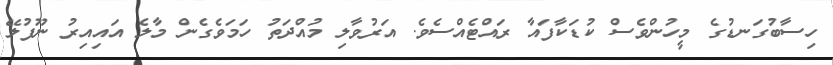
ހިސާބުގަނޑުގެ މީހުންވެސް ކުޑަކާފައާ ރައްޓެއްސެވެ. އަރުވާލި މުއްދަތު ހަމަވެގެން މާލެ އައިއިރު ނޫފުލޭ